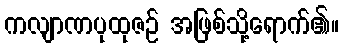
ကလျာဏပုထုဇဉ် အဖြစ်သို့ရောက်၏။